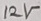
Text: 12V